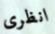
انظرى